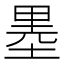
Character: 𱗐